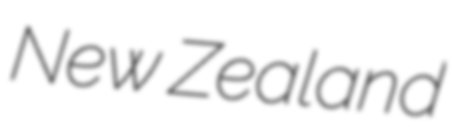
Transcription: New Zealand